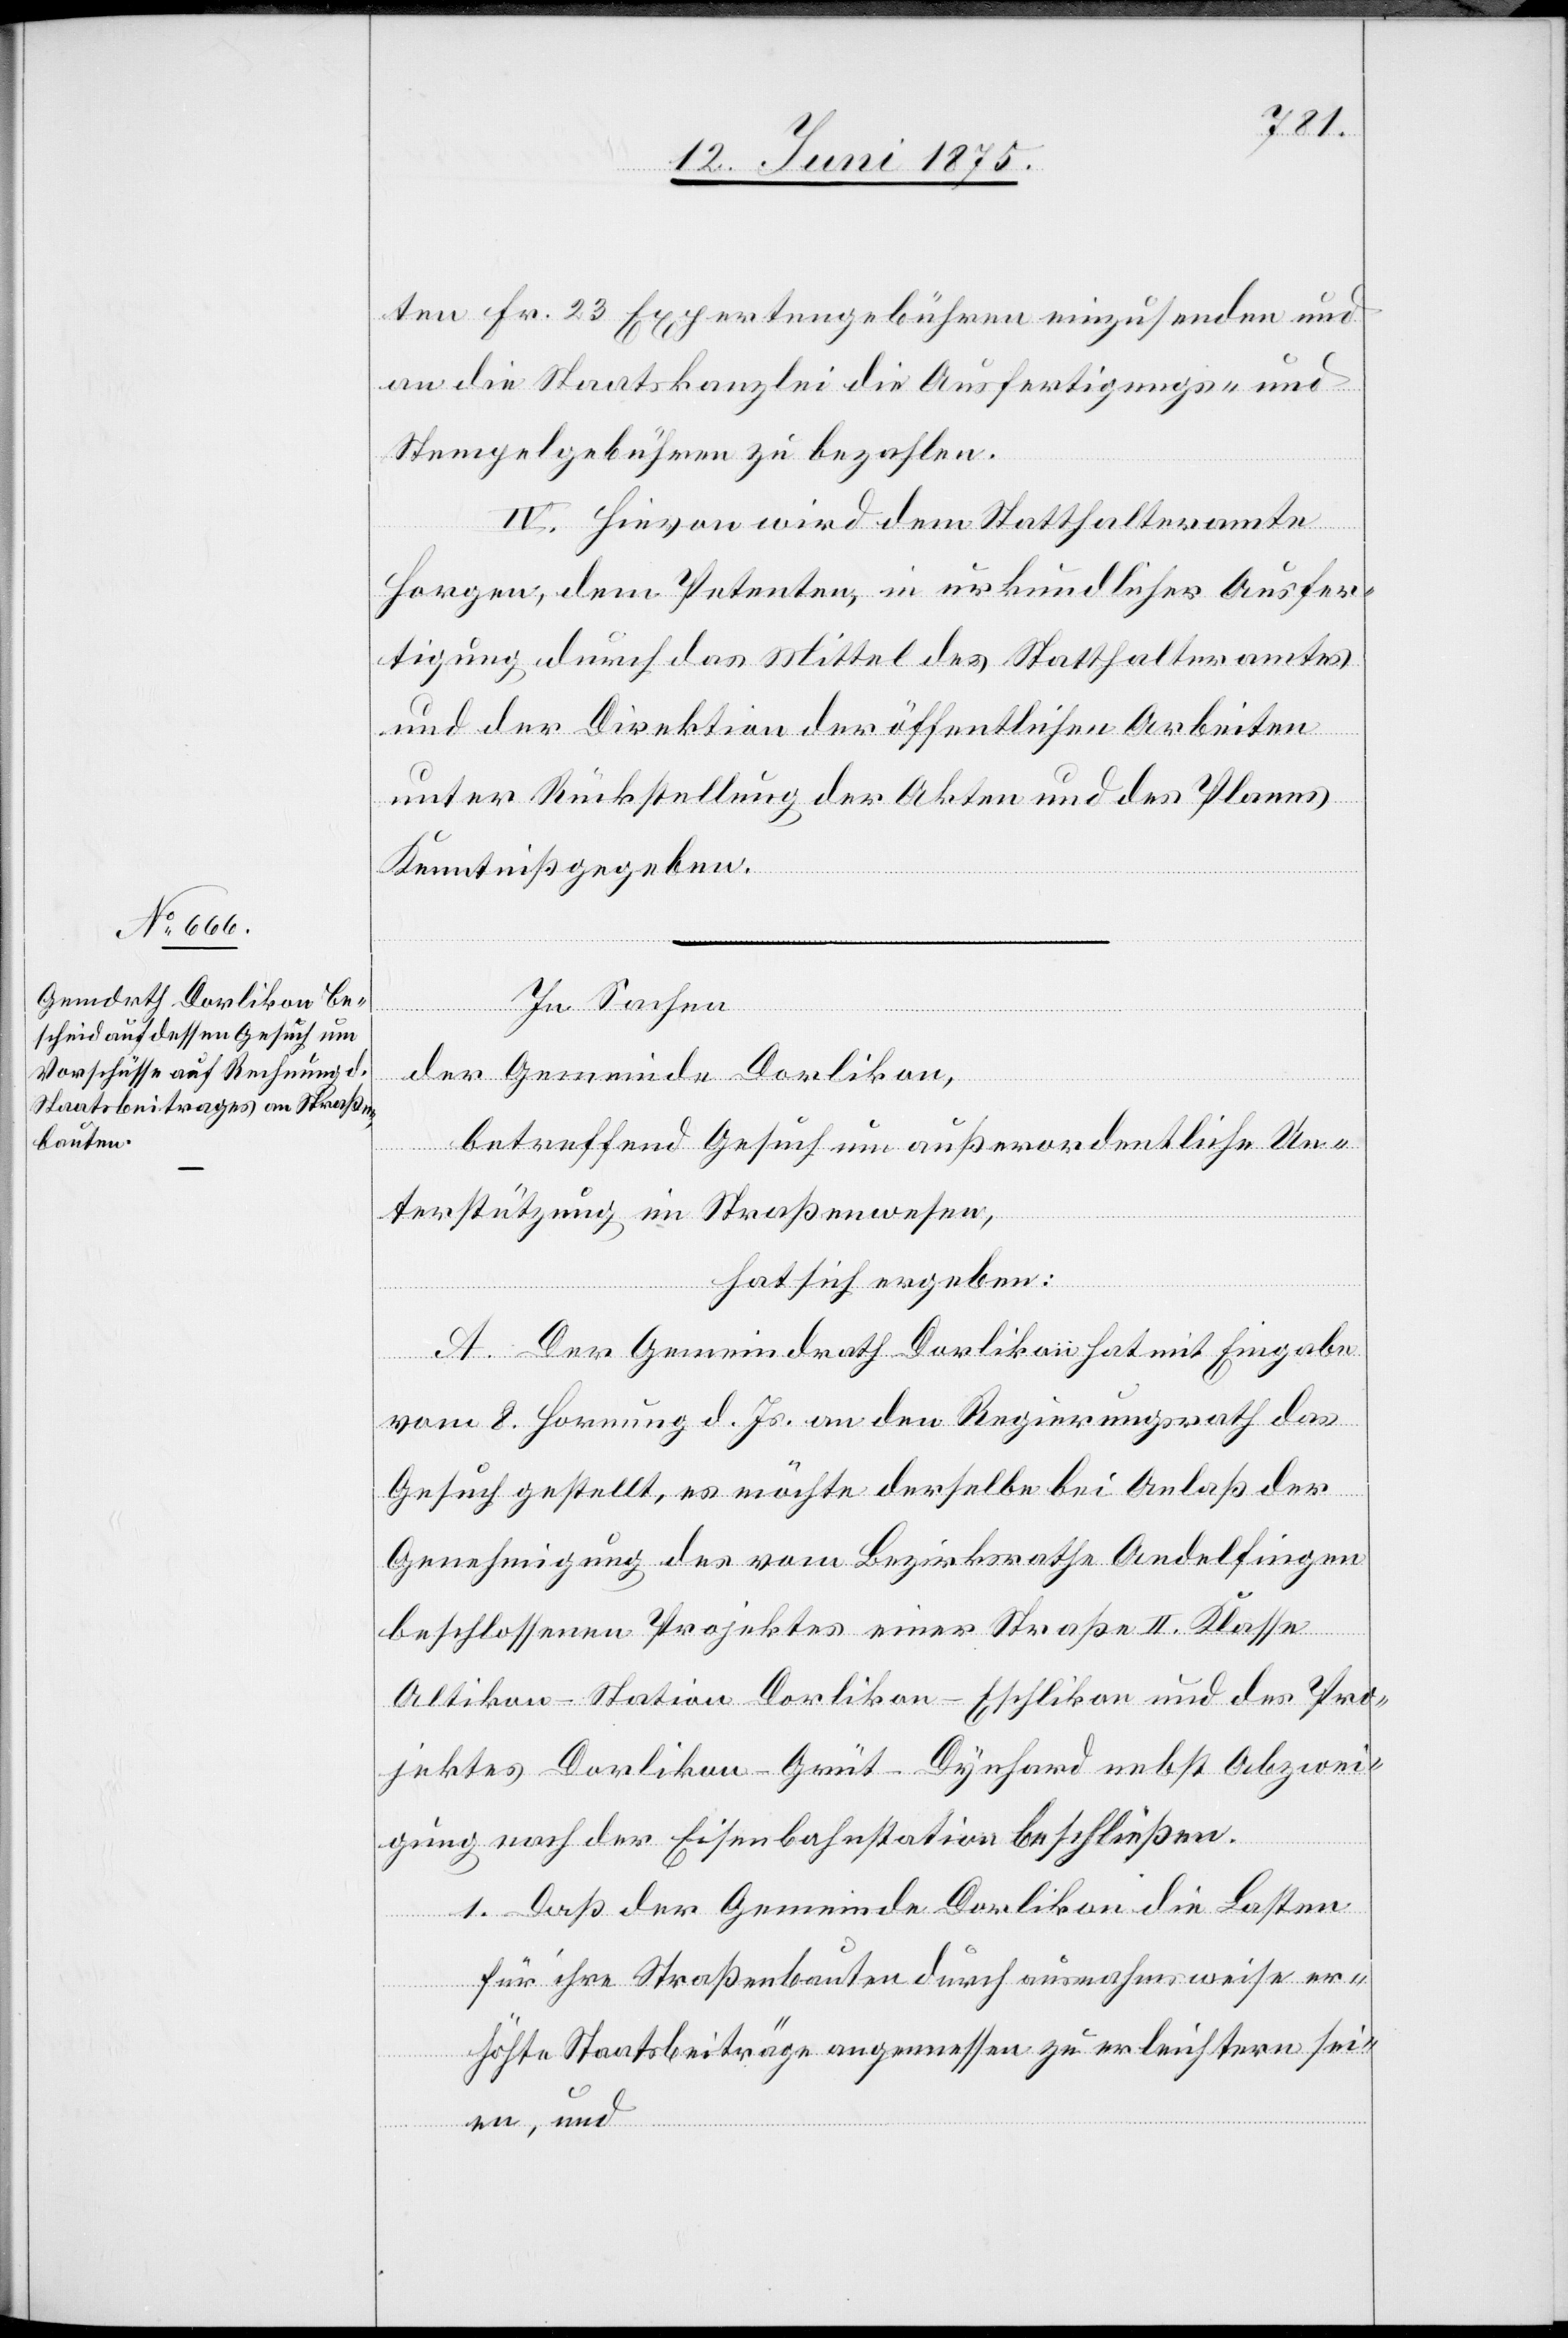
ten Fr. 23 Expertengebühren einzusenden und
an die Staatskanzlei die Ausfertigungs- und
Stempelgebühren zu bezahlen.
IV. Hievon wird dem Statthalteramte
Horgen, dem Petenten, in urkundlicher Ausfer¬
tigung durch das Mittel des Statthalteramtes
und der Direktion der öffentlichen Arbeiten
unter Rückstellung der Akten und des Planes
Kenntniß gegeben.
In Sachen
der Gemeinde Dorlikon,
betreffend Gesuch um außerordentliche Un¬
terstützung im Straßenwesen,
hat sich ergeben:
A. Der Gemeindrath Dorlikon hat mit Eingabe
vom 8. Hornung d. Js. an den Regierungsrath das
Gesuch gestellt, es möchte derselbe bei Anlaß der
Genehmigung des vom Bezirksrathe Andelfingen
beschlossenen Projektes einer Straße II. Klasse
Altikon–Station Dorlikon–Eschlikon und des Pro¬
jektes Dorlikon–Grüt - Dynhard nebst Abzwei¬
gung nach der Eisenbahnstation beschließen.
1. Daß der Gemeinde Dorlikon die Lasten
für ihre Straßenbauten durch ausnahmsweise er¬
höhte Staatsbeiträge angemessen zu erleichtern sei¬
en, und